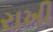
રાખી